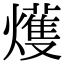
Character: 𤐰